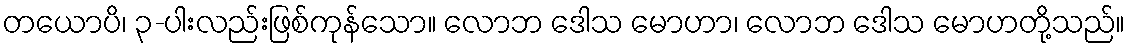
တယောပိ၊ ၃-ပါးလည်းဖြစ်ကုန်သော။ လောဘ ဒေါသ မောဟာ၊ လောဘ ဒေါသ မောဟတို့သည်။